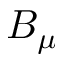
B _ { \mu }